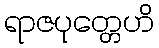
ရာဇပုတ္တေဟိ